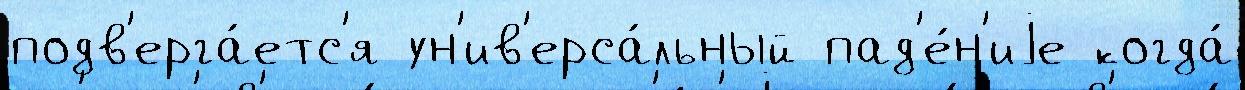
подв'ерга́етс'я ун'ив'ерса́льный пад'е́н'иjе когда́